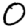
Digit: 0